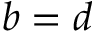
b = d